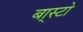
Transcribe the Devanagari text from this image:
बा्स्टो